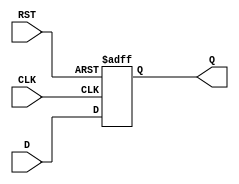
module IntermediateRegister (
    input wire [N-1:0] D,      // Data input (width N)
    input wire CLK,            // Clock signal
    input wire RST,            // Reset signal
    output reg [N-1:0] Q       // Data output (width N)
);

parameter N = 8;                // Define the width of the register (default to 8 bits)

// Asynchronous reset and edge-triggered data capture
always @(posedge CLK or posedge RST) begin
    if (RST) begin
        Q <= {N{1'b0}};          // Reset the register to 0
    end else begin
        Q <= D;                 // Capture input data
    end
end

endmodule